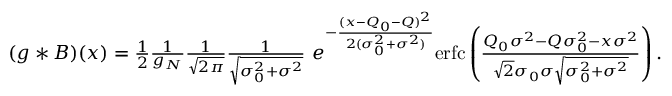
\begin{array} { r } { ( g * B ) ( x ) = \frac { 1 } { 2 } \frac { 1 } { g _ { N } } \frac { 1 } { \sqrt { 2 \pi } } \frac { 1 } { \sqrt { \sigma _ { 0 } ^ { 2 } + \sigma ^ { 2 } } } \ e ^ { - \frac { ( x - Q _ { 0 } - Q ) ^ { 2 } } { 2 ( \sigma _ { 0 } ^ { 2 } + \sigma ^ { 2 } ) } } \mathrm { e r f c } \left( \frac { Q _ { 0 } \sigma ^ { 2 } - Q \sigma _ { 0 } ^ { 2 } - x \sigma ^ { 2 } } { \sqrt { 2 } \sigma _ { 0 } \sigma \sqrt { \sigma _ { 0 } ^ { 2 } + \sigma ^ { 2 } } } \right) . } \end{array}